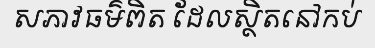
សភាវធម៌ពិត ដែលស្ថិតនៅកប់